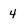
Character: 4